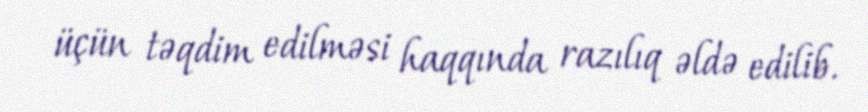
üçün təqdim edilməsi haqqında razılıq əldə edilib.